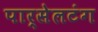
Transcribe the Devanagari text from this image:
पार्सेलटंग